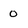
Character: 0